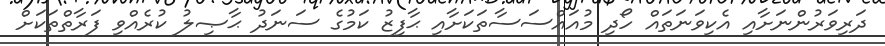
ދަރިވަރުންނަށާއި އެކިވަނަތައް ހޯދި މުއައްސަސާތަކަށާއި ޙާފިޒު ކަމުގެ ސަނަދު ޙާޞިލު ކުރެއްވި ފަރާތްތަކަށް